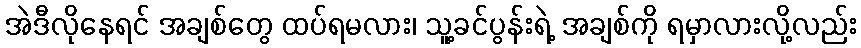
အဲဒီလိုနေရင် အချစ်တွေ ထပ်ရမလား၊ သူ့ခင်ပွန်းရဲ့ အချစ်ကို ရမှာလားလို့လည်း